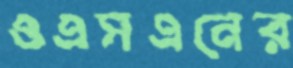
ওএসএনের